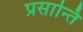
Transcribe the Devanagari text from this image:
प्रसान्ति